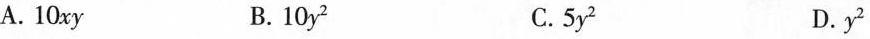
A.10xy B.10y^{2} C.5y^{2} D.y^{2}